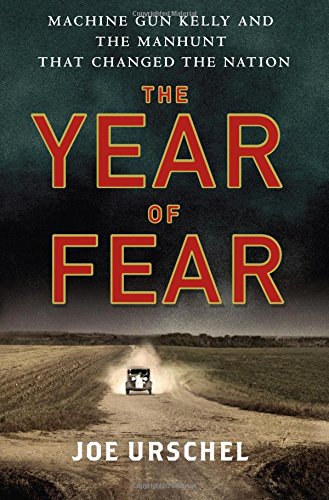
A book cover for The Year of Fear: Machine Gun Kelly and the Manhunt That Changed the Nation; Joe Urschel; Biographies & Memoirs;